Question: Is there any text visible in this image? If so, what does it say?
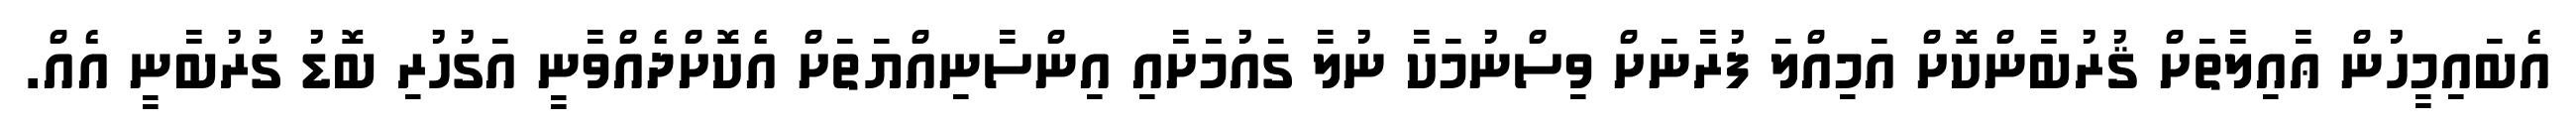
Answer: އެބައިމީހުން ޢާއިލާތަށް ޤުރުބާންކޮށް އަމިއްލަ ފުރާނަށް ވިސްނުމަކާ ނުލާ ގައުމަަށާއި އިންސާނިއްޔަތަށް އެކޮށްދެއްވާނީ އަގުހުރި ބޮޑު ގުރުބާނީ އެއް.